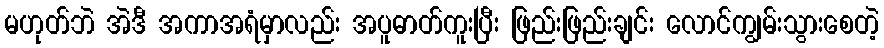
မဟုတ်ဘဲ အဲဒီ အကာအရံမှာလည်း အပူဓာတ်ကူးပြီး ဖြည်းဖြည်းချင်း လောင်ကျွမ်းသွားစေတဲ့